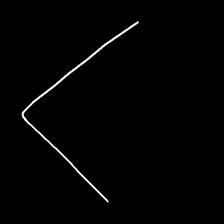
Glyph: region